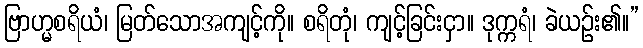
ဗြာဟ္မစရိယံ၊ မြတ်သောအကျင့်ကို။ စရိတုံ၊ ကျင့်ခြင်းငှာ။ ဒုက္ကရံ၊ ခဲယဉ်း၏။”